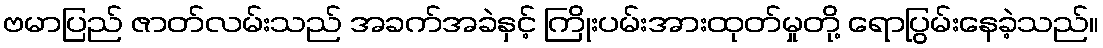
ဗမာပြည် ဇာတ်လမ်းသည် အခက်အခဲနှင့် ကြိုးပမ်းအားထုတ်မှုတို့ ရောပြွမ်းနေခဲ့သည်။